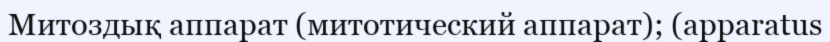
Митоздық аппарат (митотический аппарат); (apparatus